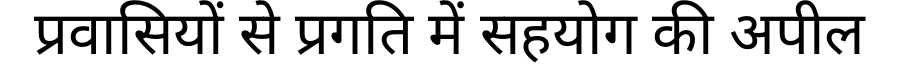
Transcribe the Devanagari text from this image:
प्रवासियों से प्रगति में सहयोग की अपील